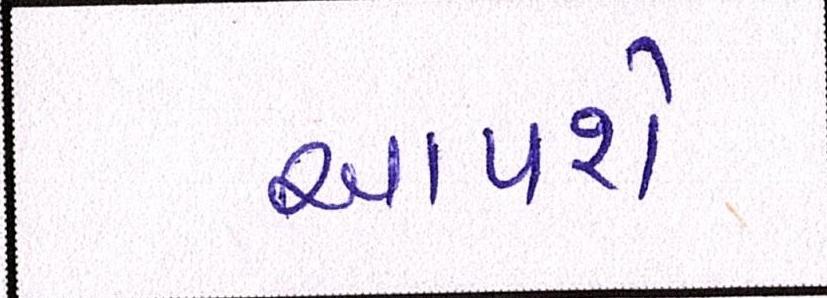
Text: આપશે